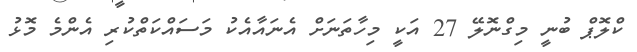
ކްލޮޕް ބުނީ މިގްނޮލޭ 27 އަކީ މިހާތަނަށް އެނައާއެކު މަސައްކަތްކުރި އެންމެ މޮޅު